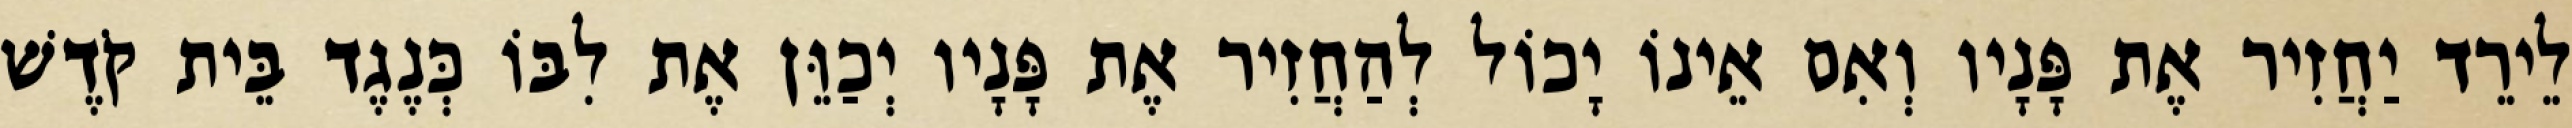
לֵירֵד יַחֲזִיר אֶת פָּנָיו וְאִם אֵינוֹ יָכוֹל לְהַחֲזִיר אֶת פָּנָיו יְכַוֵּן אֶת לִבּוֹ כְּנֶגֶד בֵּית קֹדֶשׁ